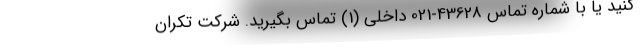
کنید یا با شماره تماس 43628-021 داخلی (1) تماس بگیرید. شرکت تکران